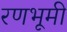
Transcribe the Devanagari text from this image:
रणभूमी